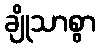
ချိုသာစွာ